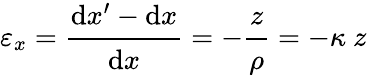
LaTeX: \varepsilon_{x}={\cfrac{\mathrm{d}x^{\prime}-\mathrm{d}x}{\mathrm{d}x}}=-{\cfrac{z}{\rho}}=-\kappa~z